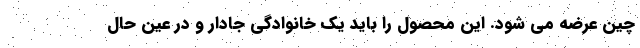
چین عرضه می شود. این محصول را باید یک خانوادگی جادار و در عین حال